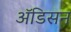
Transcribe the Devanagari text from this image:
ॲडिसन